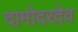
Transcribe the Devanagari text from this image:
दामोदरदेव